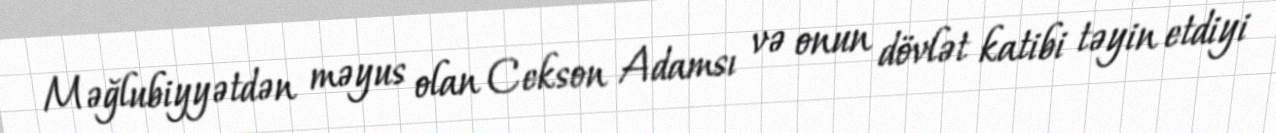
Məğlubiyyətdən məyus olan Cekson Adamsı və onun dövlət katibi təyin etdiyi